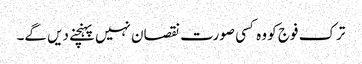
ترک فوج کو وہ کسی صورت نقصان نہیں پہنچنے دیں گے۔